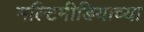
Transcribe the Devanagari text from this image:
मल्टिमीडियाच्या